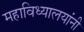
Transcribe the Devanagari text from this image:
महाविध्यालयांनी